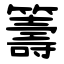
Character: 籌